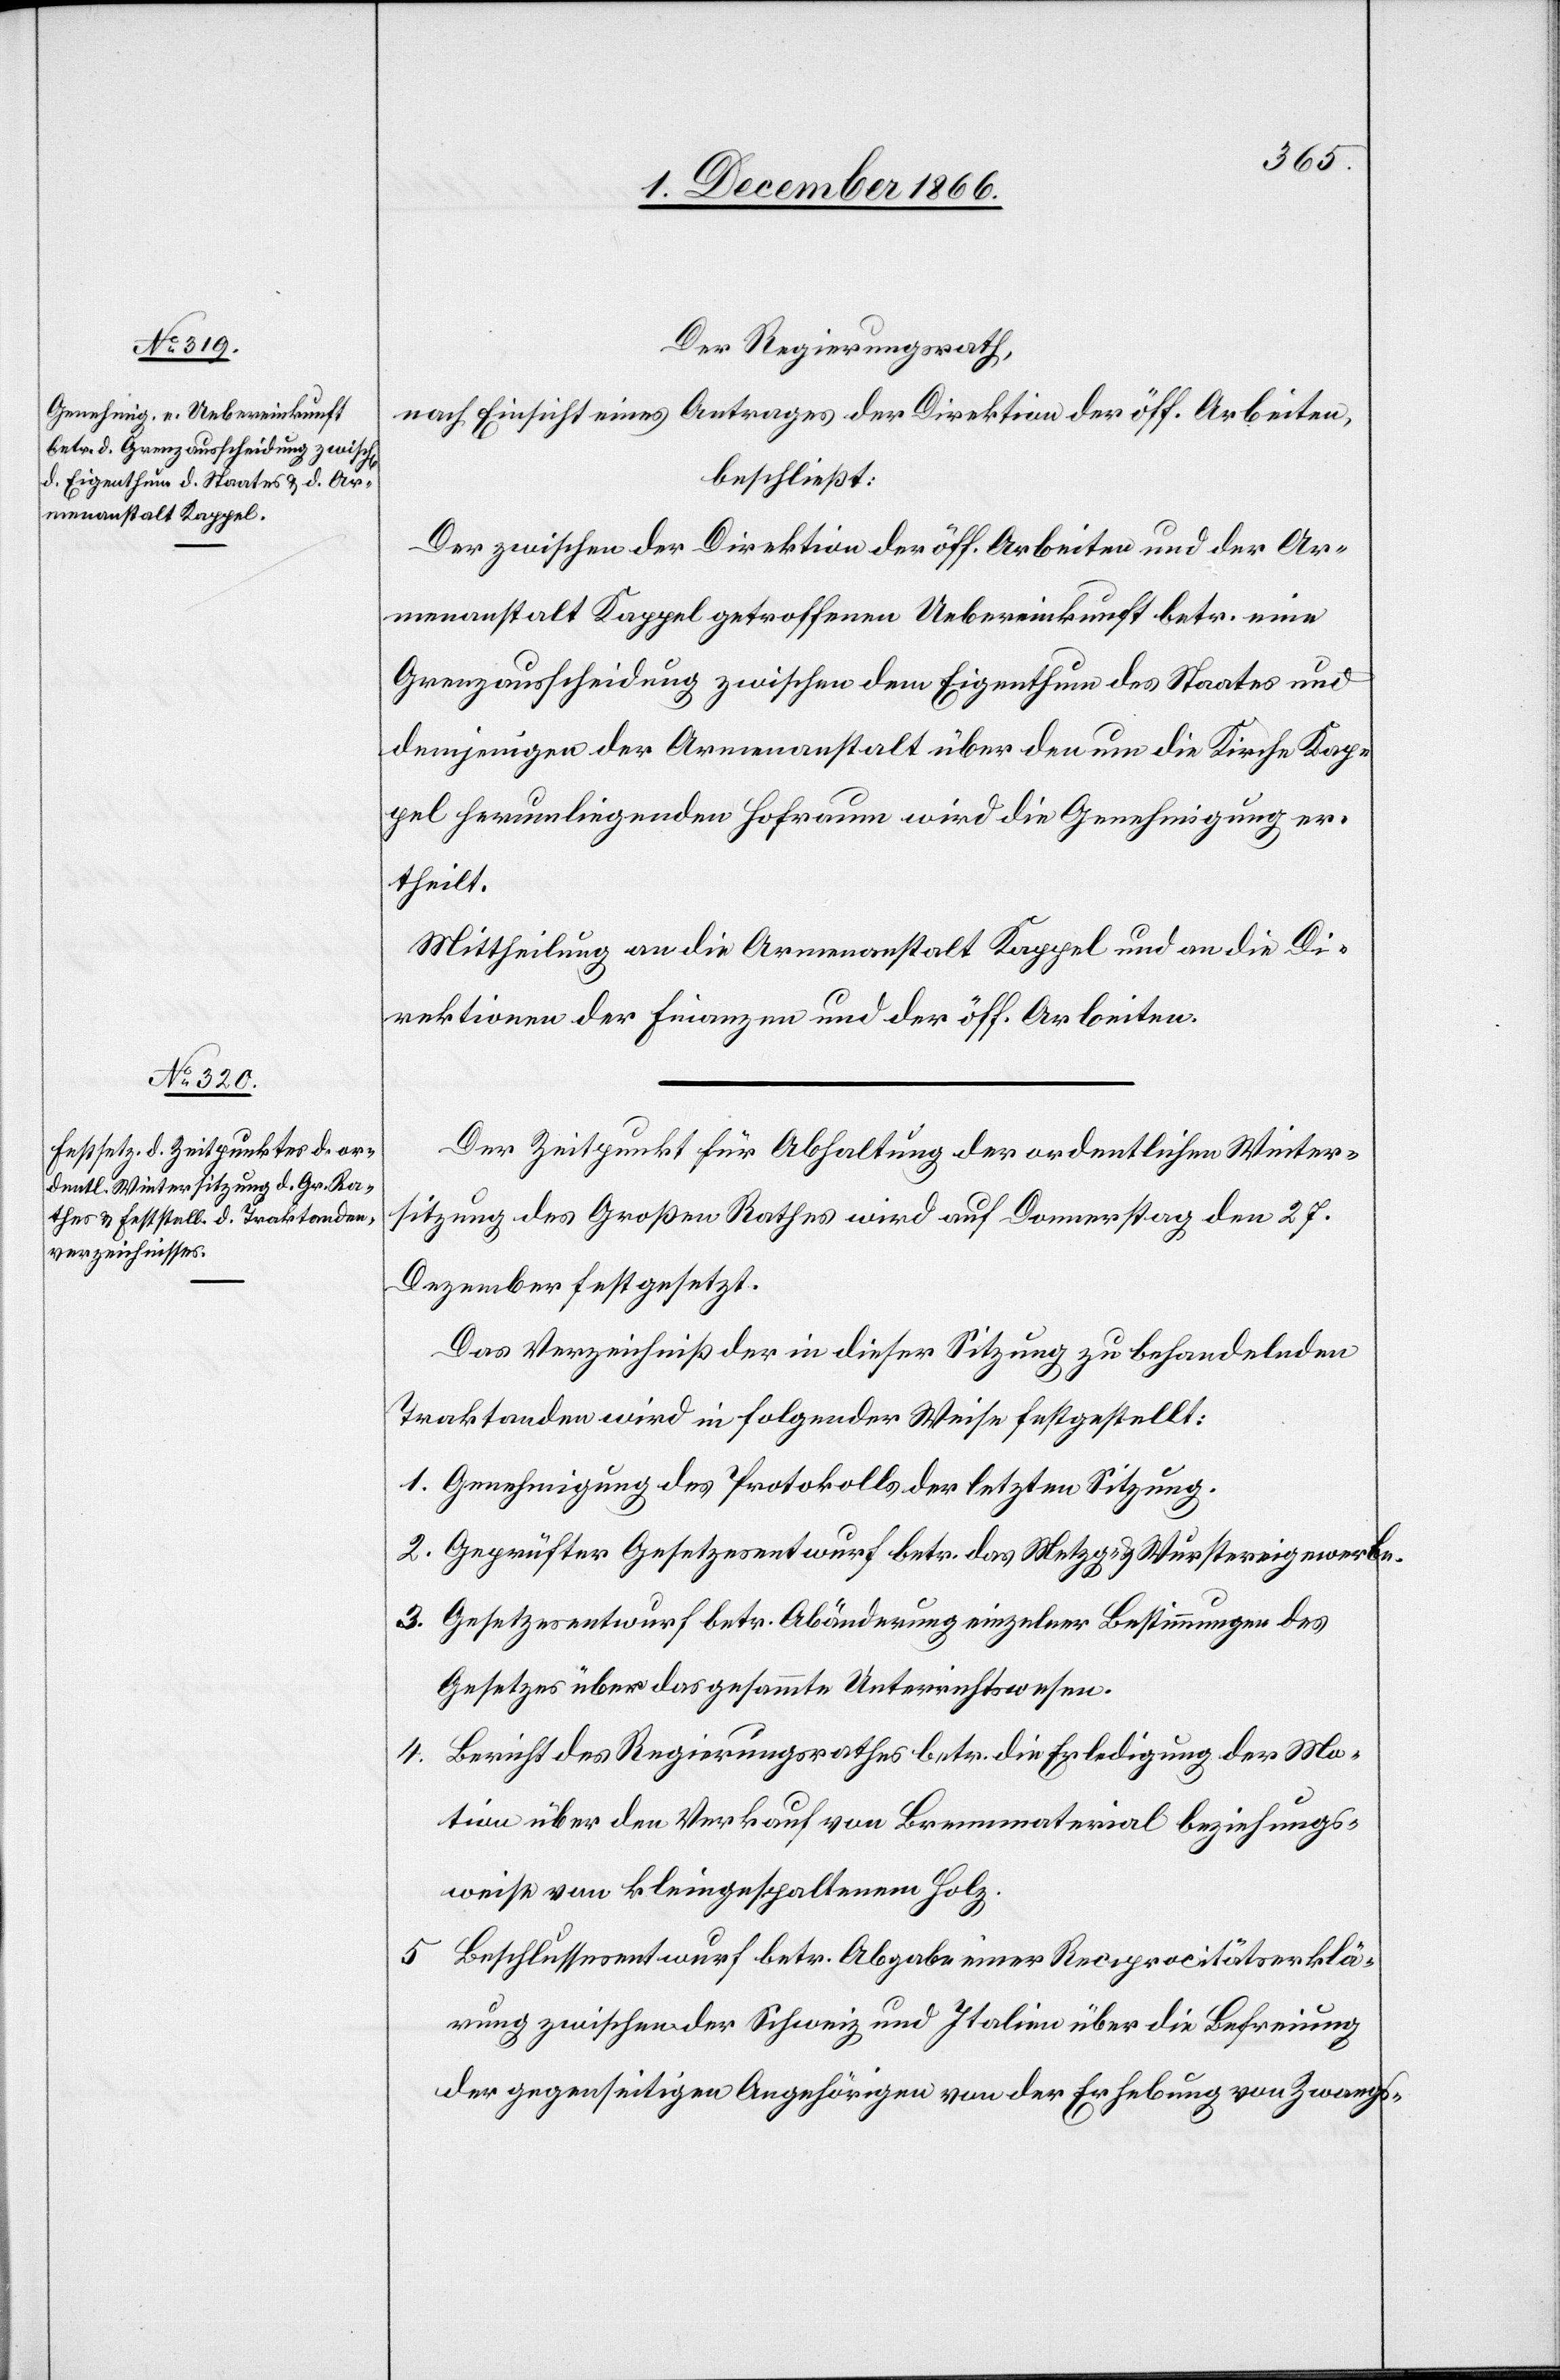
Der Regierungsrath,
nach Einsicht eines Antrages der Direktion der öff. Arbeiten,
beschließt:
Der zwischen der Direktion der öff. Arbeiten und der Ar¬
menanstalt Kappel getroffenen Uebereinkunft betr. eine
Grenzausscheidung zwischen dem Eigenthum des Staates und
demjenigen der Armenanstalt über den um die Kirche Kap¬
pel herumliegenden Hofraum wird die Genehmigung er¬
theilt.
Mittheilung an die Armenanstalt Kappel und an die Di¬
rektionen der Finanzen und der öff. Arbeiten.
Der Zeitpunkt für Abhaltung der ordentlichen Winter¬
sitzung des Großen Rathes wird auf Donnerstag den 27.
Dezember festgesetzt.
Das Verzeichniß der in dieser Sitzung zu behandelnden
Traktanden wird in folgender Weise festgestellt:
Genehmigung des Protokolls der letzten Sitzung.
Geprüfter Gesetzesentwurf betr. das Metzg- & Wurstereigewerbe.
Gesetzesentwurf betr. Abänderung einzelner Bestimmungen des
Gesetzes über das gesammte Unterrichtswesen.
Bericht des Regierungsrathes betr. die Erledigung der Mo¬
4.
tion über den Verkauf von Brennmaterial beziehungs¬
weise von kleingespaltenem Holz.
Beschlussesentwurf betr. Abgabe einer Reciprocitätserklä¬
rung zwischen der Schweiz und Italien über die Befreiung
der gegenseitigen Angehörigen von der Erhebung von Zwangs-